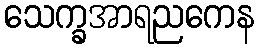
သေက္ခအာရညကေန